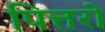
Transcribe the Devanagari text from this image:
पित्तरो